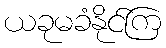
ယခုမခံနိုင်ကြ